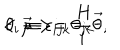
LaTeX: < \overrightarrow { \mu } > = \frac { \textit { H } } { i } \overrightarrow { \theta } , \hspace { 2 c m } \theta _ { i } \equiv \epsilon _ { i j k } \theta _ { j k }